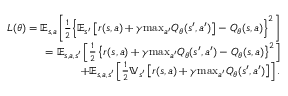
\begin{array} { r } { L ( \theta ) = \mathbb { E } _ { s , a } \bigg [ \frac { 1 } { 2 } \Big \lbrace \mathbb { E } _ { s ^ { \prime } } \left[ r ( s , a ) + \gamma \mathrm { m a x } _ { a ^ { \prime } } Q _ { \theta } ( s ^ { \prime } , a ^ { \prime } ) \right] - Q _ { \theta } ( s , a ) \Big \rbrace ^ { 2 } \bigg ] } \\ { = \mathbb { E } _ { s , a , s ^ { \prime } } \left[ \frac { 1 } { 2 } \left\lbrace r ( s , a ) + \gamma \mathrm { m a x } _ { a ^ { \prime } } Q _ { \theta } ( s ^ { \prime } , a ^ { \prime } ) - Q _ { \theta } ( s , a ) \right\rbrace ^ { 2 } \right] } \\ { + \mathbb { E } _ { s , a , s ^ { \prime } } \left[ \frac { 1 } { 2 } \mathbb { V } _ { s ^ { \prime } } \left[ r ( s , a ) + \gamma \mathrm { m a x } _ { a ^ { \prime } } Q _ { \theta } ( s ^ { \prime } , a ^ { \prime } ) \right] \right] . } \end{array}